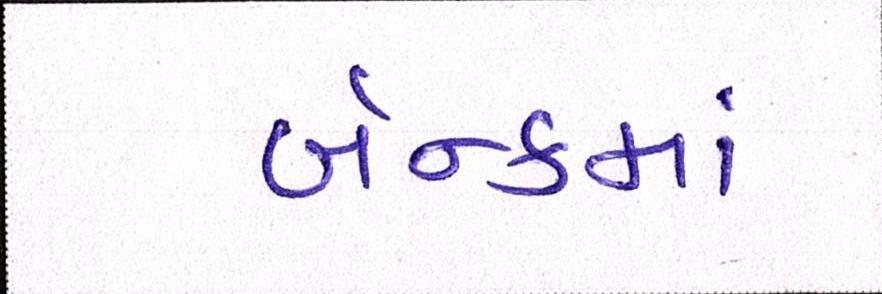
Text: બૅન્કમાં